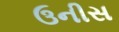
ઉનીસ